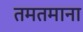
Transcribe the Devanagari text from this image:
तमतमाना